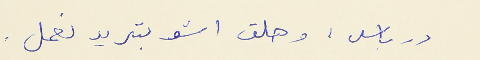
درباس : وهلق اشو بتريد نعمل .